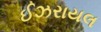
ઈઝરાયલ